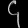
Digit: ၄